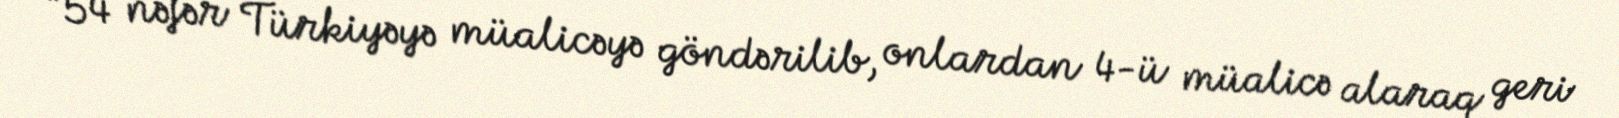
“54 nəfər Türkiyəyə müalicəyə göndərilib, onlardan 4-ü müalicə alaraq geri